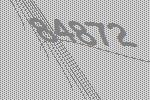
84872